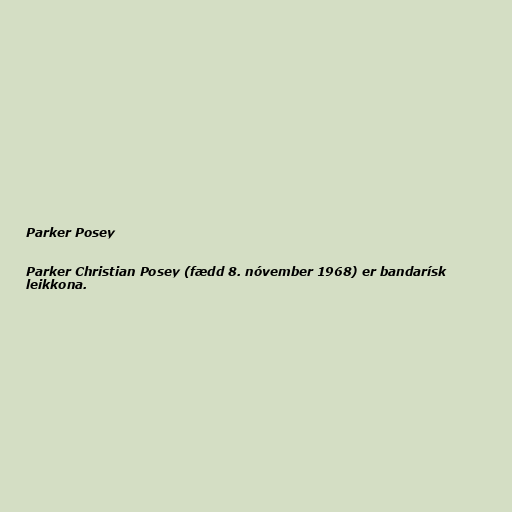
Parker Posey

Parker Christian Posey (fædd 8. nóvember 1968) er bandarísk
leikkona.